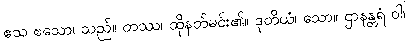
ဧသ ဧသော၊ သည်။ တဿ၊ ထိုနတ်မင်း၏။ ဒုတိယံ၊ သော။ ဌာနန္တရံ ဝါ၊